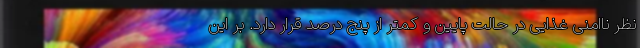
نظر ناامنی غذایی در حالت پایین و کمتر از پنج درصد قرار دارد. بر این